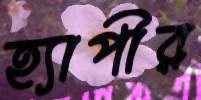
হ্যাপীর